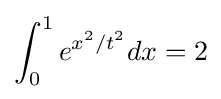
\int _{0}^{1}e^{x^{2}/t^{2}}dx=2